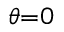
\scriptstyle { \theta = 0 }